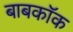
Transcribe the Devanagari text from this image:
बाबकॉक